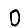
Digit: 0